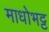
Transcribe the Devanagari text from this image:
माधोभट्ट